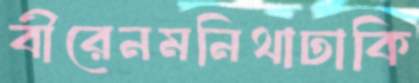
বীরেনমনিথাঢাকি